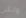
ولكن